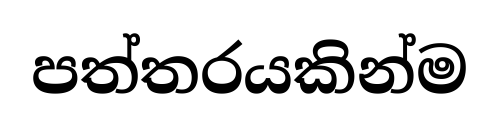
පත්තරයකින්ම